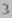
Text: 3